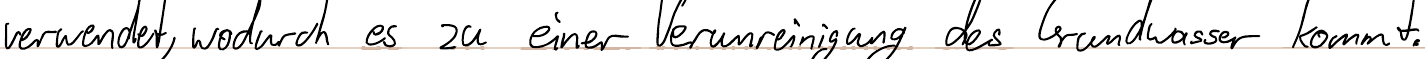
verwendet, wodurch es zu einer Verunreinigung des Grundwasser kommt.